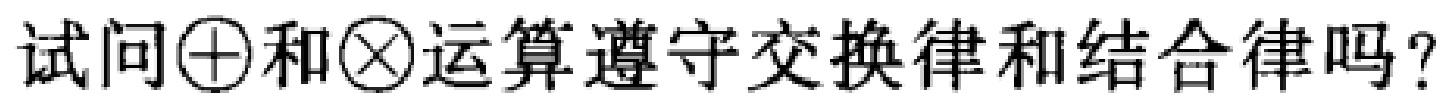
试问$\oplus$和$\otimes$运算遵守交换律和结合律吗？